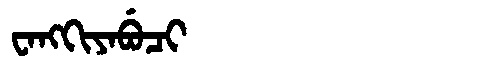
Manchu: ᠸᠠᠩᡴᡳᠶᠠᠪᡠᠴᡳ
Romanization: WANGKIYABUCI